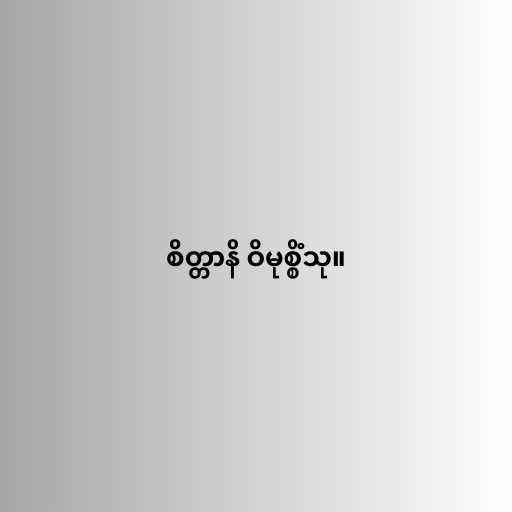
စိတ္တာနိ ဝိမုစ္စိံသု။